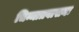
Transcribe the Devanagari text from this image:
चिन्मात्रवासनः